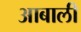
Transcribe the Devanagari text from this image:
आबाली